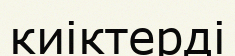
киіктерді